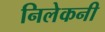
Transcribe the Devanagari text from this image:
निलेकनी